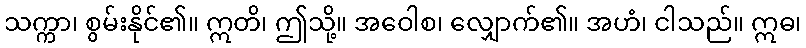
သက္ကာ၊ စွမ်းနိုင်၏။ ဣတိ၊ ဤသို့။ အဝေါစ၊ လျှောက်၏။ အဟံ၊ ငါသည်။ ဣဓ၊